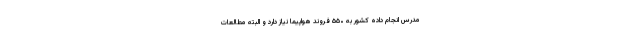
مدرس انجام داده کشور به ۵۵۰ فروند هواپیما نیاز دارد و البته مطالعات